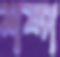
শষ্প